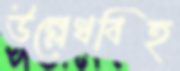
উল্লেখবিহ